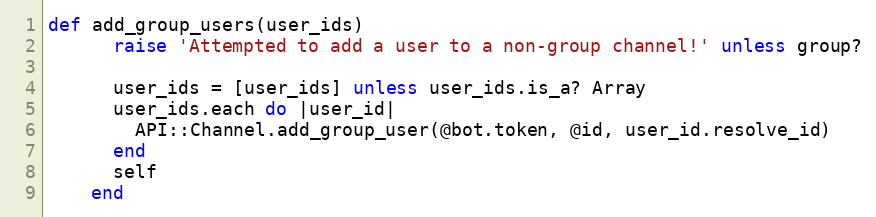
Language: Ruby
def add_group_users(user_ids)
      raise 'Attempted to add a user to a non-group channel!' unless group?

      user_ids = [user_ids] unless user_ids.is_a? Array
      user_ids.each do |user_id|
        API::Channel.add_group_user(@bot.token, @id, user_id.resolve_id)
      end
      self
    end